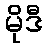
မိုဒီ